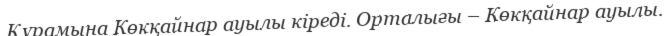
Құрамына Көкқайнар ауылы кіреді. Орталығы – Көкқайнар ауылы.